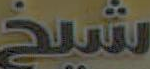
شيخ